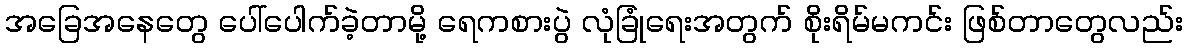
အခြေအနေတွေ ပေါ်ပေါက်ခဲ့တာမို့ ရေကစားပွဲ လုံခြုံရေးအတွက် စိုးရိမ်မကင်း ဖြစ်တာတွေလည်း